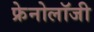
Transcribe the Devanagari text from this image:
फ्रेनोलॉजी